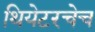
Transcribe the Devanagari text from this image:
थियेटरचेच